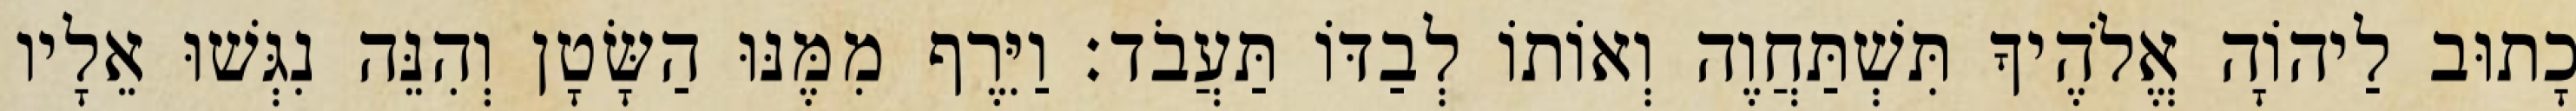
כָתוּב לַיהוָֹה אֱלֹהֶיךָ תִּשְׁתַּחֲוֶה וְאוֹתוֹ לְבַדּוֹ תַּעֲבֹד׃ וַיִּרֶף מִמֶּנּוּ הַשָּׂטָן וְהִנֵּה נִגְּשׁוּ אֵלָיו